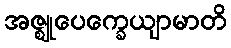
အဇ္ဈုပေက္ခေယျာမာတိ